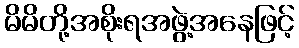
မိမိတို့အစိုးရအဖွဲ့အနေဖြင့်